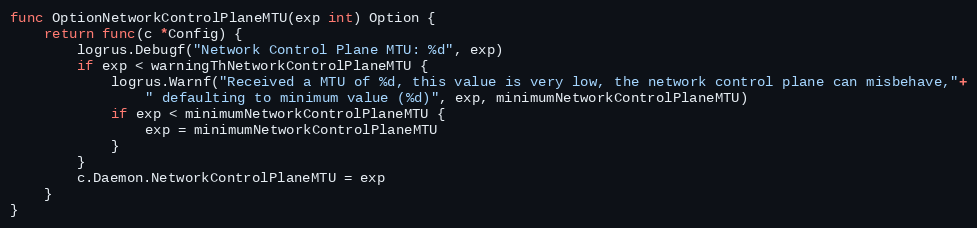
Language: Go
func OptionNetworkControlPlaneMTU(exp int) Option {
	return func(c *Config) {
		logrus.Debugf("Network Control Plane MTU: %d", exp)
		if exp < warningThNetworkControlPlaneMTU {
			logrus.Warnf("Received a MTU of %d, this value is very low, the network control plane can misbehave,"+
				" defaulting to minimum value (%d)", exp, minimumNetworkControlPlaneMTU)
			if exp < minimumNetworkControlPlaneMTU {
				exp = minimumNetworkControlPlaneMTU
			}
		}
		c.Daemon.NetworkControlPlaneMTU = exp
	}
}